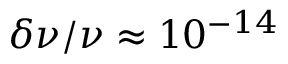
\delta \nu / \nu \approx 1 0 ^ { - 1 4 }